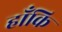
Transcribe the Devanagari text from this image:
हाँकि